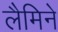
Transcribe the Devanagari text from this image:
लैमिने